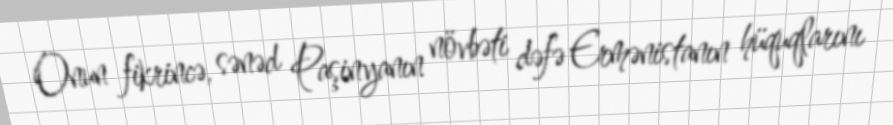
Onun fikrincə, sənəd Paşinyanın növbəti dəfə Ermənistanın hüquqlarını